Annual administration report of the Bombay Presidency - 1887-1892
Year: 1887
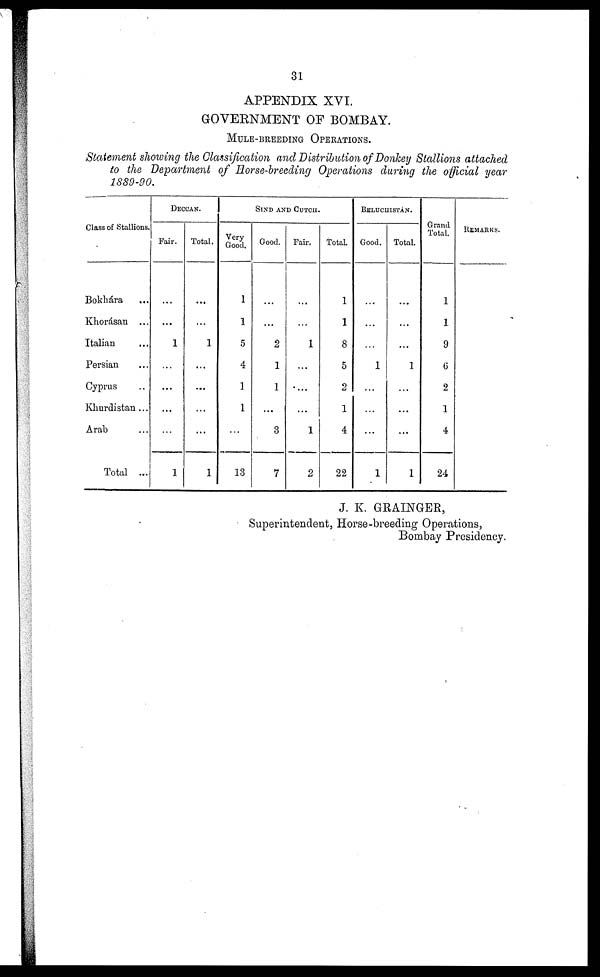
31
APPENDIX XVI.
GOVERNMENT OF BOMBAY.
MULE-BREEDING
OPERATIONS.
Statement showing the Classification and Distribution of Donkey Stallions attached
to the Department of Horse-breeding Operations during the official year
1889-90.
Class of Stallions.
Bokhára ...
Khorásan ...
Italian ...
Persian ...
Cyprus ...
Khurdistan ...
Arab ...
Total ...
DECCAN.
Fair.
...
...
1
...
...
...
...
1
Total.
...
...
1
...
...
...
...
1
SIND AND CUTCH.
Very
Good.
1
1
5
4
1
1
...
13
Good.
...
...
2
1
1
...
3
7
Fair.
...
...
1
...
...
...
1
2
Total.
1
1
8
5
2
1
4
22
BELUCHISTAN.
Good.
...
...
...
1
...
...
...
1
Total.
...
...
...
1
...
...
...
1
Grand
Total.
1
1
9
6
2
1
4
24
REMARKS.
J. K. GRAINGER,
Superintendent, Horse-breeding Operations,
Bombay Presidency.